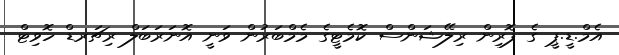
އެމް.ޑީ.ޕީ ގެ ފޮރިން ރިލޭޝަންސް ކޮމެޓީގެ މެމްބަރުން ވަނީ އޮނަރަބަލް ރިޗަރޑް ހޮވިޓް